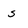
Character: s